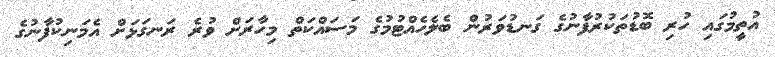
އުތީމުގައި ހުރި ބޮޑުތަކުރުފާނުގެ ގަނޑުވަރުން ބެލެހެއްޓުމުގެ މަސައްކަތް މިހާރަށް ވުރެ ރަނގަޅަށް އެމަނިކުފާނުގެ